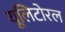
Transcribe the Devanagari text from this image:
यूलिटोरल